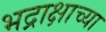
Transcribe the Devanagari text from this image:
भद्राक्षाच्या